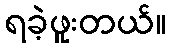
ရခဲ့ဖူးတယ်။